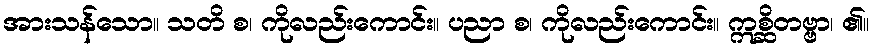
အားသန်သော။ သတိ စ၊ ကိုလည်းကောင်း။ ပညာ စ၊ ကိုလည်းကောင်း။ ဣစ္ဆိတဗ္ဗာ၊ ၏။